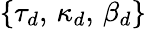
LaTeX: \{ \tau_{d},\, \kappa_{d},\, \beta_{d}\}